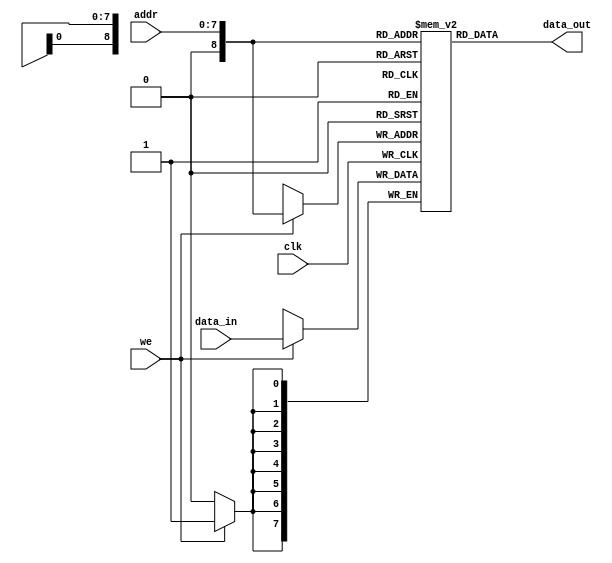
`timescale 1ns / 1ps

module ram256x8 
	(
		  input clk,
			input [7:0] addr,
			output reg [7:0] data_out,
			input we,
			input [7:0] data_in
    );
    
reg [7:0] memorie_efectiva [0:256];  

always@(*)
begin
	data_out = memorie_efectiva[addr]; 
end

always@(posedge clk)
begin    
    if(we == 1)
    	begin
    	memorie_efectiva[addr] <= data_in; 
    	end 
end    
    
endmodule